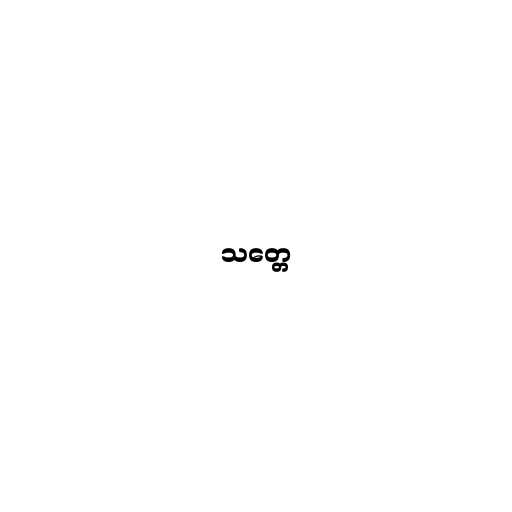
သတ္တေ